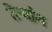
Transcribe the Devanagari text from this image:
तेन्दांग